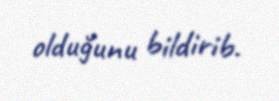
olduğunu bildirib.